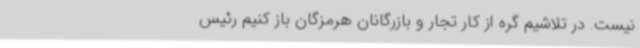
نیست. در تلاشیم گره از کار تجار و بازرگانان هرمزگان باز کنیم رئیس